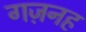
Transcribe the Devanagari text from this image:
गज़नह